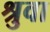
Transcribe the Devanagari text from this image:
श्रुवा